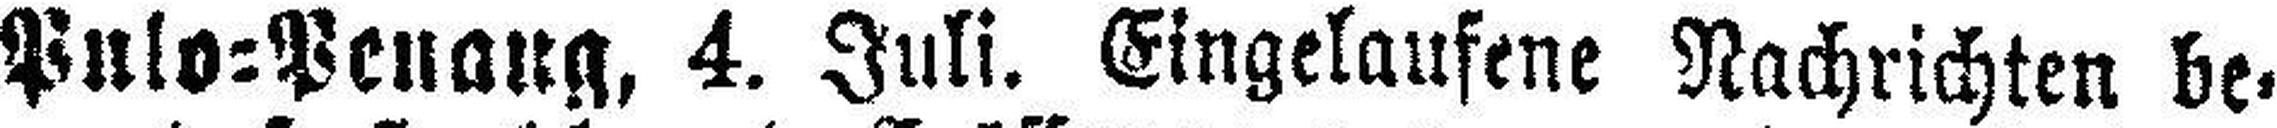
Pulo=Penang, 4. Juli. Eingelaufene Nachrichten be¬